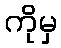
ကိုမှ